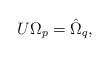
LaTeX: \begin{align*}U\Omega_p = \hat \Omega_q,\end{align*}